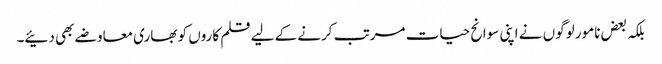
بلکہ بعض نامور لوگوں نے اپنی سوانح حیات مرتب کرنے کے لیے قلم کاروں کو بھاری معاوضے بھی دئیے۔